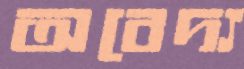
অবেদ্য